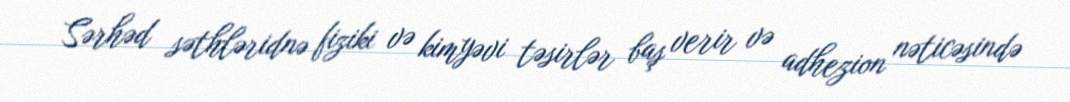
Sərhəd səthləridnə fiziki və kimyəvi təsirlər baş verir və adhezion nəticəsində